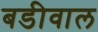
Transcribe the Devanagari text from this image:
बडीवाल